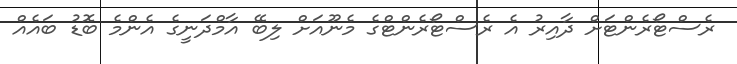
ރެސްޓޯރެންޓަށް ދާއިރު އެ ރެސްޓޯރެންޓްގެ މެނޫއަށް ލިބޭ އާމްދަނީގެ އެންމެ ބޮޑު ބައެއް